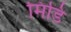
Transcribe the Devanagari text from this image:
मिडि